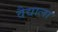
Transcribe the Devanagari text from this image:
वैद्याला